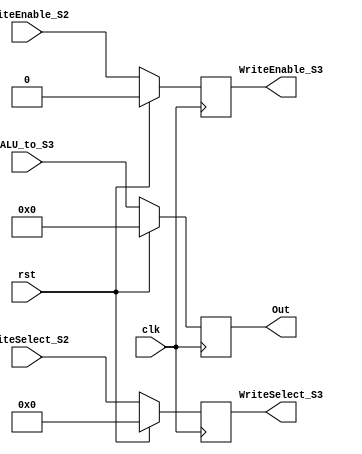
`timescale 1ns / 1ns
//////////////////////////////////////////////////////////////////////////////////
// Company: 
// Engineer: 
// 
// Design Name: 
// Module Name:    S3_Register 
// Project Name: 
// Target Devices: 
// Tool versions: 
// Description: 
//
// Dependencies: 
//
// Revision: 
// Revision 0.01 - File Created
// Additional Comments: 
//
//////////////////////////////////////////////////////////////////////////////////
module S3_Register(  
	input clk, rst,
	input [31:0] ALU_to_S3,
	input [4:0] WriteSelect_S2,
	input WriteEnable_S2,
	output reg [31:0] Out,
	output reg [4:0] WriteSelect_S3,
	output reg WriteEnable_S3
);

always@(posedge clk)
	begin 
	if (rst)
		begin
			Out <= 32'd0;
			WriteSelect_S3 <= 5'd0;
			WriteEnable_S3 <= 1'b0;		
		end
	else
		begin
			Out <= ALU_to_S3;
			WriteSelect_S3 <= WriteSelect_S2;
			WriteEnable_S3 <= WriteEnable_S2;		
		end
	end

endmodule